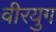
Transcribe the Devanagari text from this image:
वीरयुग